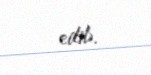
edib.